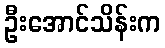
ဦးအောင်သိန်းက